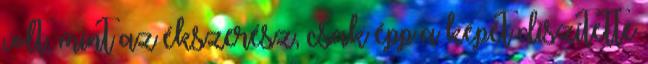
volt, mint az ékszerész, csak épp a képét díszítette